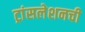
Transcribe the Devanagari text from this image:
ट्रांसलेशनची